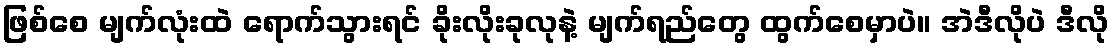
ဖြစ်စေ မျက်လုံးထဲ ရောက်သွားရင် ခိုးလိုးခုလုနဲ့ မျက်ရည်တွေ ထွက်စေမှာပဲ။ အဲဒီလိုပဲ ဒီလို